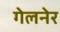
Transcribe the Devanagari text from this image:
गेलनेर